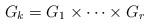
LaTeX: \begin{align*}G_k=G_{1}\times\cdots\times G_{r}\end{align*}